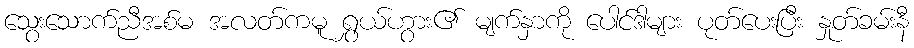
သွေးသောက်ညီအစ်မ အလတ်ကမူ ရွှယ်ဟွား၏ မျက်နှာကို ပေါင်ဒါများ ပုတ်ပေးပြီး နှုတ်ခမ်းနီ